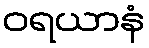
ဝရယာနံ